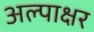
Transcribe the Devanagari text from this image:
अल्पाक्षर